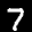
Label: 7